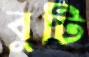
বুটি